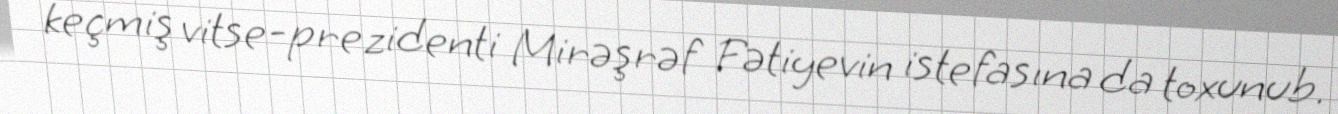
keçmiş vitse-prezidenti Mirəşrəf Fətiyevin istefasına da toxunub.